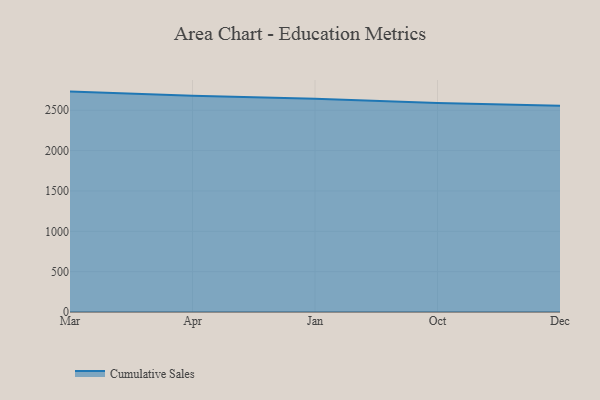
{"axis": {"x": "Month", "y": "Page Views"}, "legend": ["Cumulative Sales"], "data": [{"x": "Mar", "y": 2731.1, "type": "Cumulative Sales"}, {"x": "Apr", "y": 2678.3, "type": "Cumulative Sales"}, {"x": "Jan", "y": 2642.2, "type": "Cumulative Sales"}, {"x": "Oct", "y": 2588.4, "type": "Cumulative Sales"}, {"x": "Dec", "y": 2556.4, "type": "Cumulative Sales"}]}